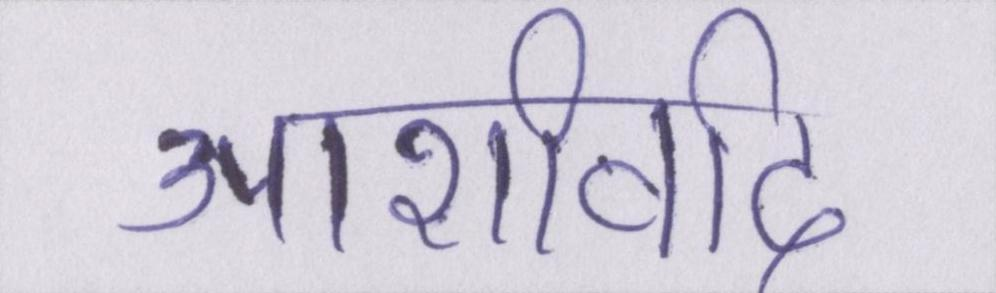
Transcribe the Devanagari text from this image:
आशीर्वाद